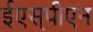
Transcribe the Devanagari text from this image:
ईएस्‌पीएन